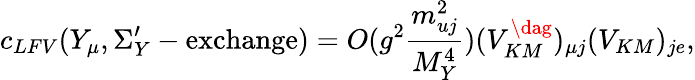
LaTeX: c_{LFV}(Y_{\mu},\Sigma_{Y}^{\prime}-\mathrm{exchange})=O(g^{2}\frac{m_{uj}^{2}}{M_{Y}^{4}})(V_{KM}^{\dag})_{\mu j}(V_{KM})_{je},